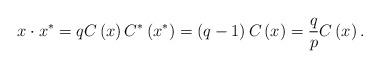
LaTeX: \begin{align*}x\cdot x^{\ast}=qC\left( x\right) C^{\ast}\left( x^{\ast}\right) =\left( q-1\right) C\left( x\right) =\frac{q}{p}C\left(x\right) .\end{align*}